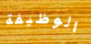
الوظيفة